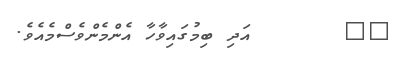
١٤       އަދި ބިމުގައިވާހާ އެންމެންވެސްމެއެވެ.